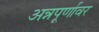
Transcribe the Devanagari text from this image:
अन्नपूर्णावर